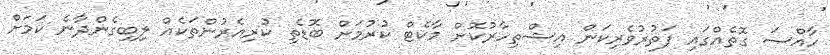
ހާއްސަ ގޮތެއްގައި ފަތުރުވެރިކަން އިޝްތިހާރުކޮށް މާކެޓް ކުރުމަށް ބޮޑެތި ކުރިއެރުންތަކެއް ލިބިގެންދާނެ ކަމަށް